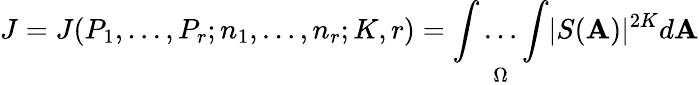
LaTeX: J=J(P_{1},\dots,P_{r};n_{1},\dots,n_{r};K,r)={\underset{\Omega}{\int\dots\int}}|S(\mathbf{A})|^{2K}d\mathbf{A}